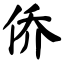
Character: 侨